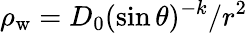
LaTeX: \rho_{\mathrm{w}}=D_{0}(\sin\theta)^{-k}/r^{2}